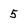
Character: 5